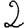
Digit: 2